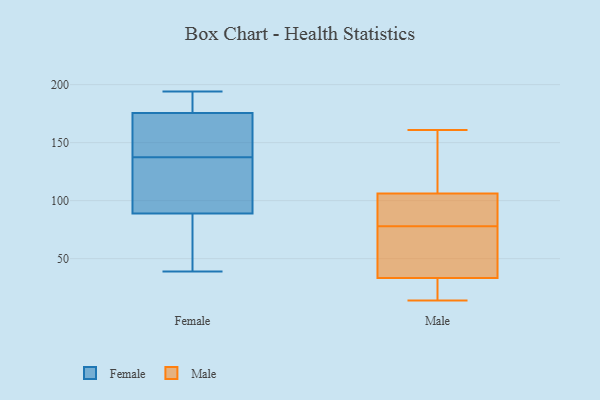
{"axis": {"x": "Operating Costs (USD K)", "y": "Value"}, "legend": ["Female", "Male"], "data": [{"x": "", "y": 180, "type": "Female"}, {"x": "", "y": 194, "type": "Female"}, {"x": "", "y": 174, "type": "Female"}, {"x": "", "y": 66, "type": "Female"}, {"x": "", "y": 154, "type": "Female"}, {"x": "", "y": 112, "type": "Female"}, {"x": "", "y": 177, "type": "Female"}, {"x": "", "y": 39, "type": "Female"}, {"x": "", "y": 57, "type": "Female"}, {"x": "", "y": 121, "type": "Female"}, {"x": "", "y": 115, "type": "Female"}, {"x": "", "y": 173, "type": "Female"}, {"x": "", "y": 14, "type": "Male"}, {"x": "", "y": 157, "type": "Male"}, {"x": "", "y": 138, "type": "Male"}, {"x": "", "y": 83, "type": "Male"}, {"x": "", "y": 87, "type": "Male"}, {"x": "", "y": 34, "type": "Male"}, {"x": "", "y": 60, "type": "Male"}, {"x": "", "y": 55, "type": "Male"}, {"x": "", "y": 66, "type": "Male"}, {"x": "", "y": 100, "type": "Male"}, {"x": "", "y": 31, "type": "Male"}, {"x": "", "y": 125, "type": "Male"}, {"x": "", "y": 22, "type": "Male"}, {"x": "", "y": 78, "type": "Male"}, {"x": "", "y": 161, "type": "Male"}, {"x": "", "y": 24, "type": "Male"}, {"x": "", "y": 100, "type": "Male"}]}